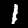
Label: 1